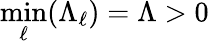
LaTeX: \operatorname*{min}_{\ell}(\Lambda_{\ell})=\Lambda>0